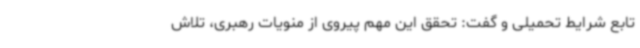
تابع شرایط تحمیلی و گفت: تحقق این مهم پیروی از منویات رهبری، تلاش